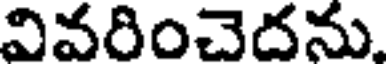
వివరించెదను.